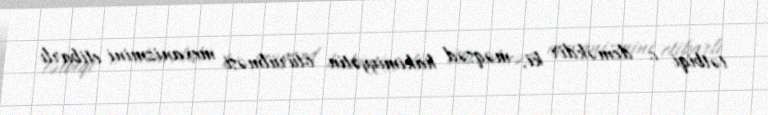
tətbiqi o deməkdir ki, məqsəd hakimiyyətin ötürülməsi mexanizmini etibarlı